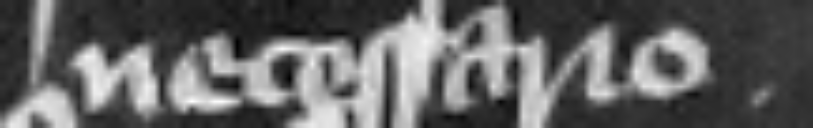
necessario